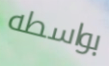
بواسطه